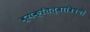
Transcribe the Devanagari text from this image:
व्यक्तित्वाविषयी